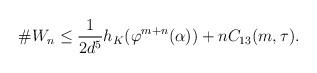
LaTeX: \begin{align*}\# W_n \leq \frac{1}{2d^5} h_K(\varphi^{m+n}(\alpha)) + nC_{13}(m,\tau).\end{align*}